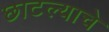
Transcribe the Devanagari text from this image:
छाटल्याचे